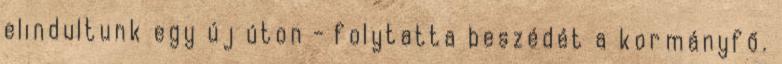
elindultunk egy új úton - folytatta beszédét a kormányfő.